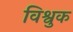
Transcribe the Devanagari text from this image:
विश्वुक